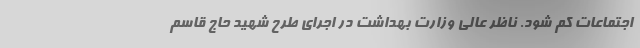
اجتماعات کم شود. ناظر عالی وزارت بهداشت در اجرای طرح شهید حاج قاسم